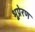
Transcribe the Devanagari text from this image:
भूप्रेरण